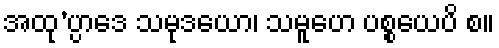
အထု’ပ္ပာဒေ သမုဒယော၊ သမူဟေ ပစ္စယေပိ စ။